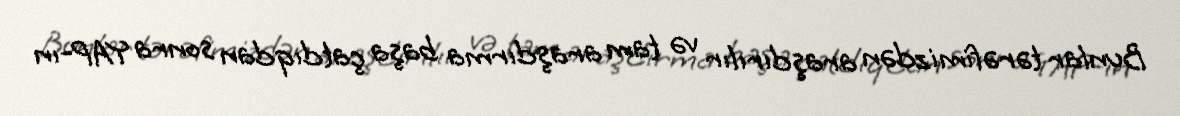
Bunlar tərəfimizdən araşdırılır və tam araşdırma başa çatdıqdan sonra YAP-ın